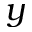
y